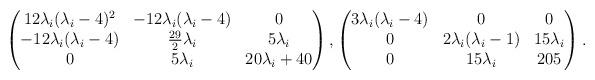
LaTeX: \begin{align*} \begin{pmatrix}12\lambda_i(\lambda_i-4)^2 & -12\lambda_i(\lambda_i-4) & 0\\-12\lambda_i(\lambda_i-4) & \frac{29}{2}\lambda_i & 5\lambda_i \\0 & 5\lambda_i & 20\lambda_i+40\end{pmatrix} ,\begin{pmatrix}3\lambda_i(\lambda_i-4) & 0 & 0\\0 & 2\lambda_i(\lambda_i-1) & 15\lambda_i \\0 & 15\lambda_i & 205 \end{pmatrix}. \end{align*}